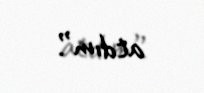
atdım”.